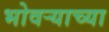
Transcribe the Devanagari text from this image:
भोवर्‍याच्या